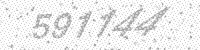
Solution: 591144